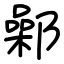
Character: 鄵